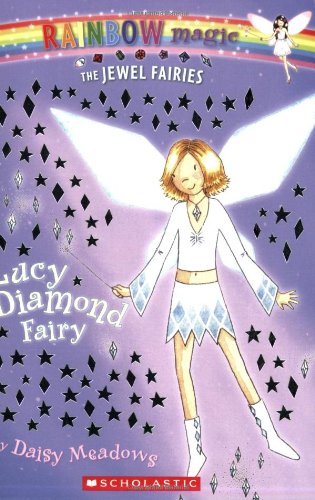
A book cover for Lucy: The Diamond Fairy (Rainbow Magic: The Jewel Fairies, No. 7); Daisy Meadows; Children's Books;